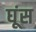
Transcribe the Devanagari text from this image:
घूंस